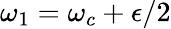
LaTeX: \omega_{1}=\omega_{c}+\epsilon/2